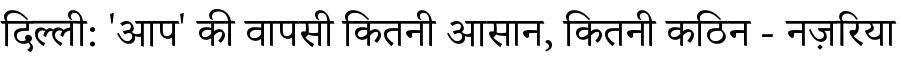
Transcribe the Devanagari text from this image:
दिल्ली: 'आप' की वापसी कितनी आसान, कितनी कठिन - नज़रिया